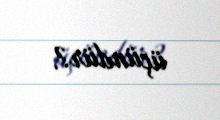
üçündür?.